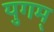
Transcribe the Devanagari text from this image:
युगम्